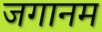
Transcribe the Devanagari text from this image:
जगानम